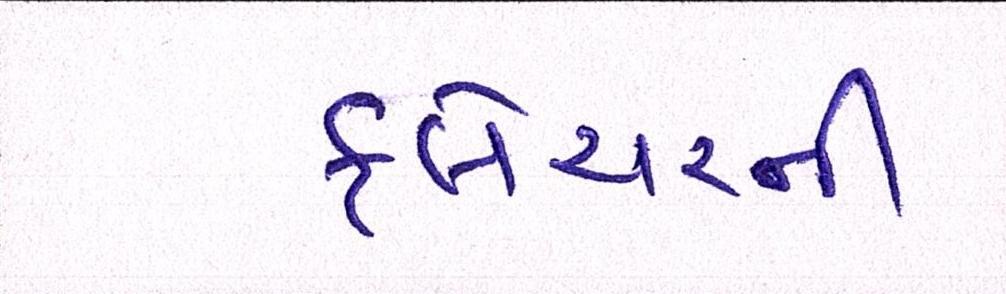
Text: ફ્લેચરની